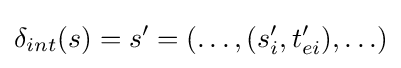
\delta _{int}(s)=s'=(\ldots ,(s_{i}',t_{ei}'),\ldots )